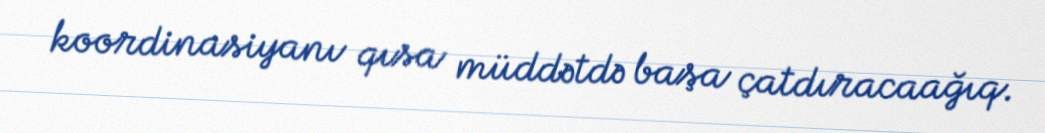
koordinasiyanı qısa müddətdə başa çatdıracaağıq.